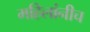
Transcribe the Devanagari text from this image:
महिलांनीच